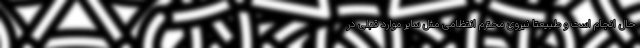
حال انجام است و طبیعتا نیروی محترم انتظامی مثل سایر موارد قبلی در